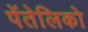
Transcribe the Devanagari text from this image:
पेंतेलिको